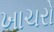
ખાચરો